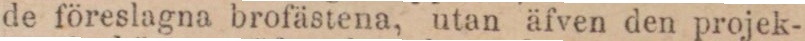
de föreslagna brofästena, utan äfven den projek-